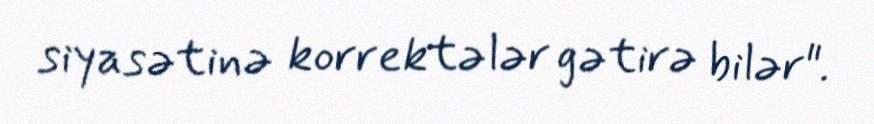
siyasətinə korrektələr gətirə bilər".